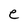
Character: e